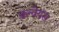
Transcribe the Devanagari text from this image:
कन्वेयंस